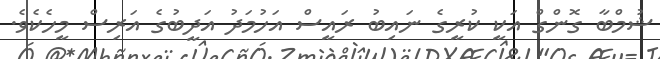
ޝުމްބާ ގޮންގް އަކީ ކުރީގެ ނައިބު ރައީސް އަހުމަދު އަދީބުގެ އަރިސް މީހެކެވެ.